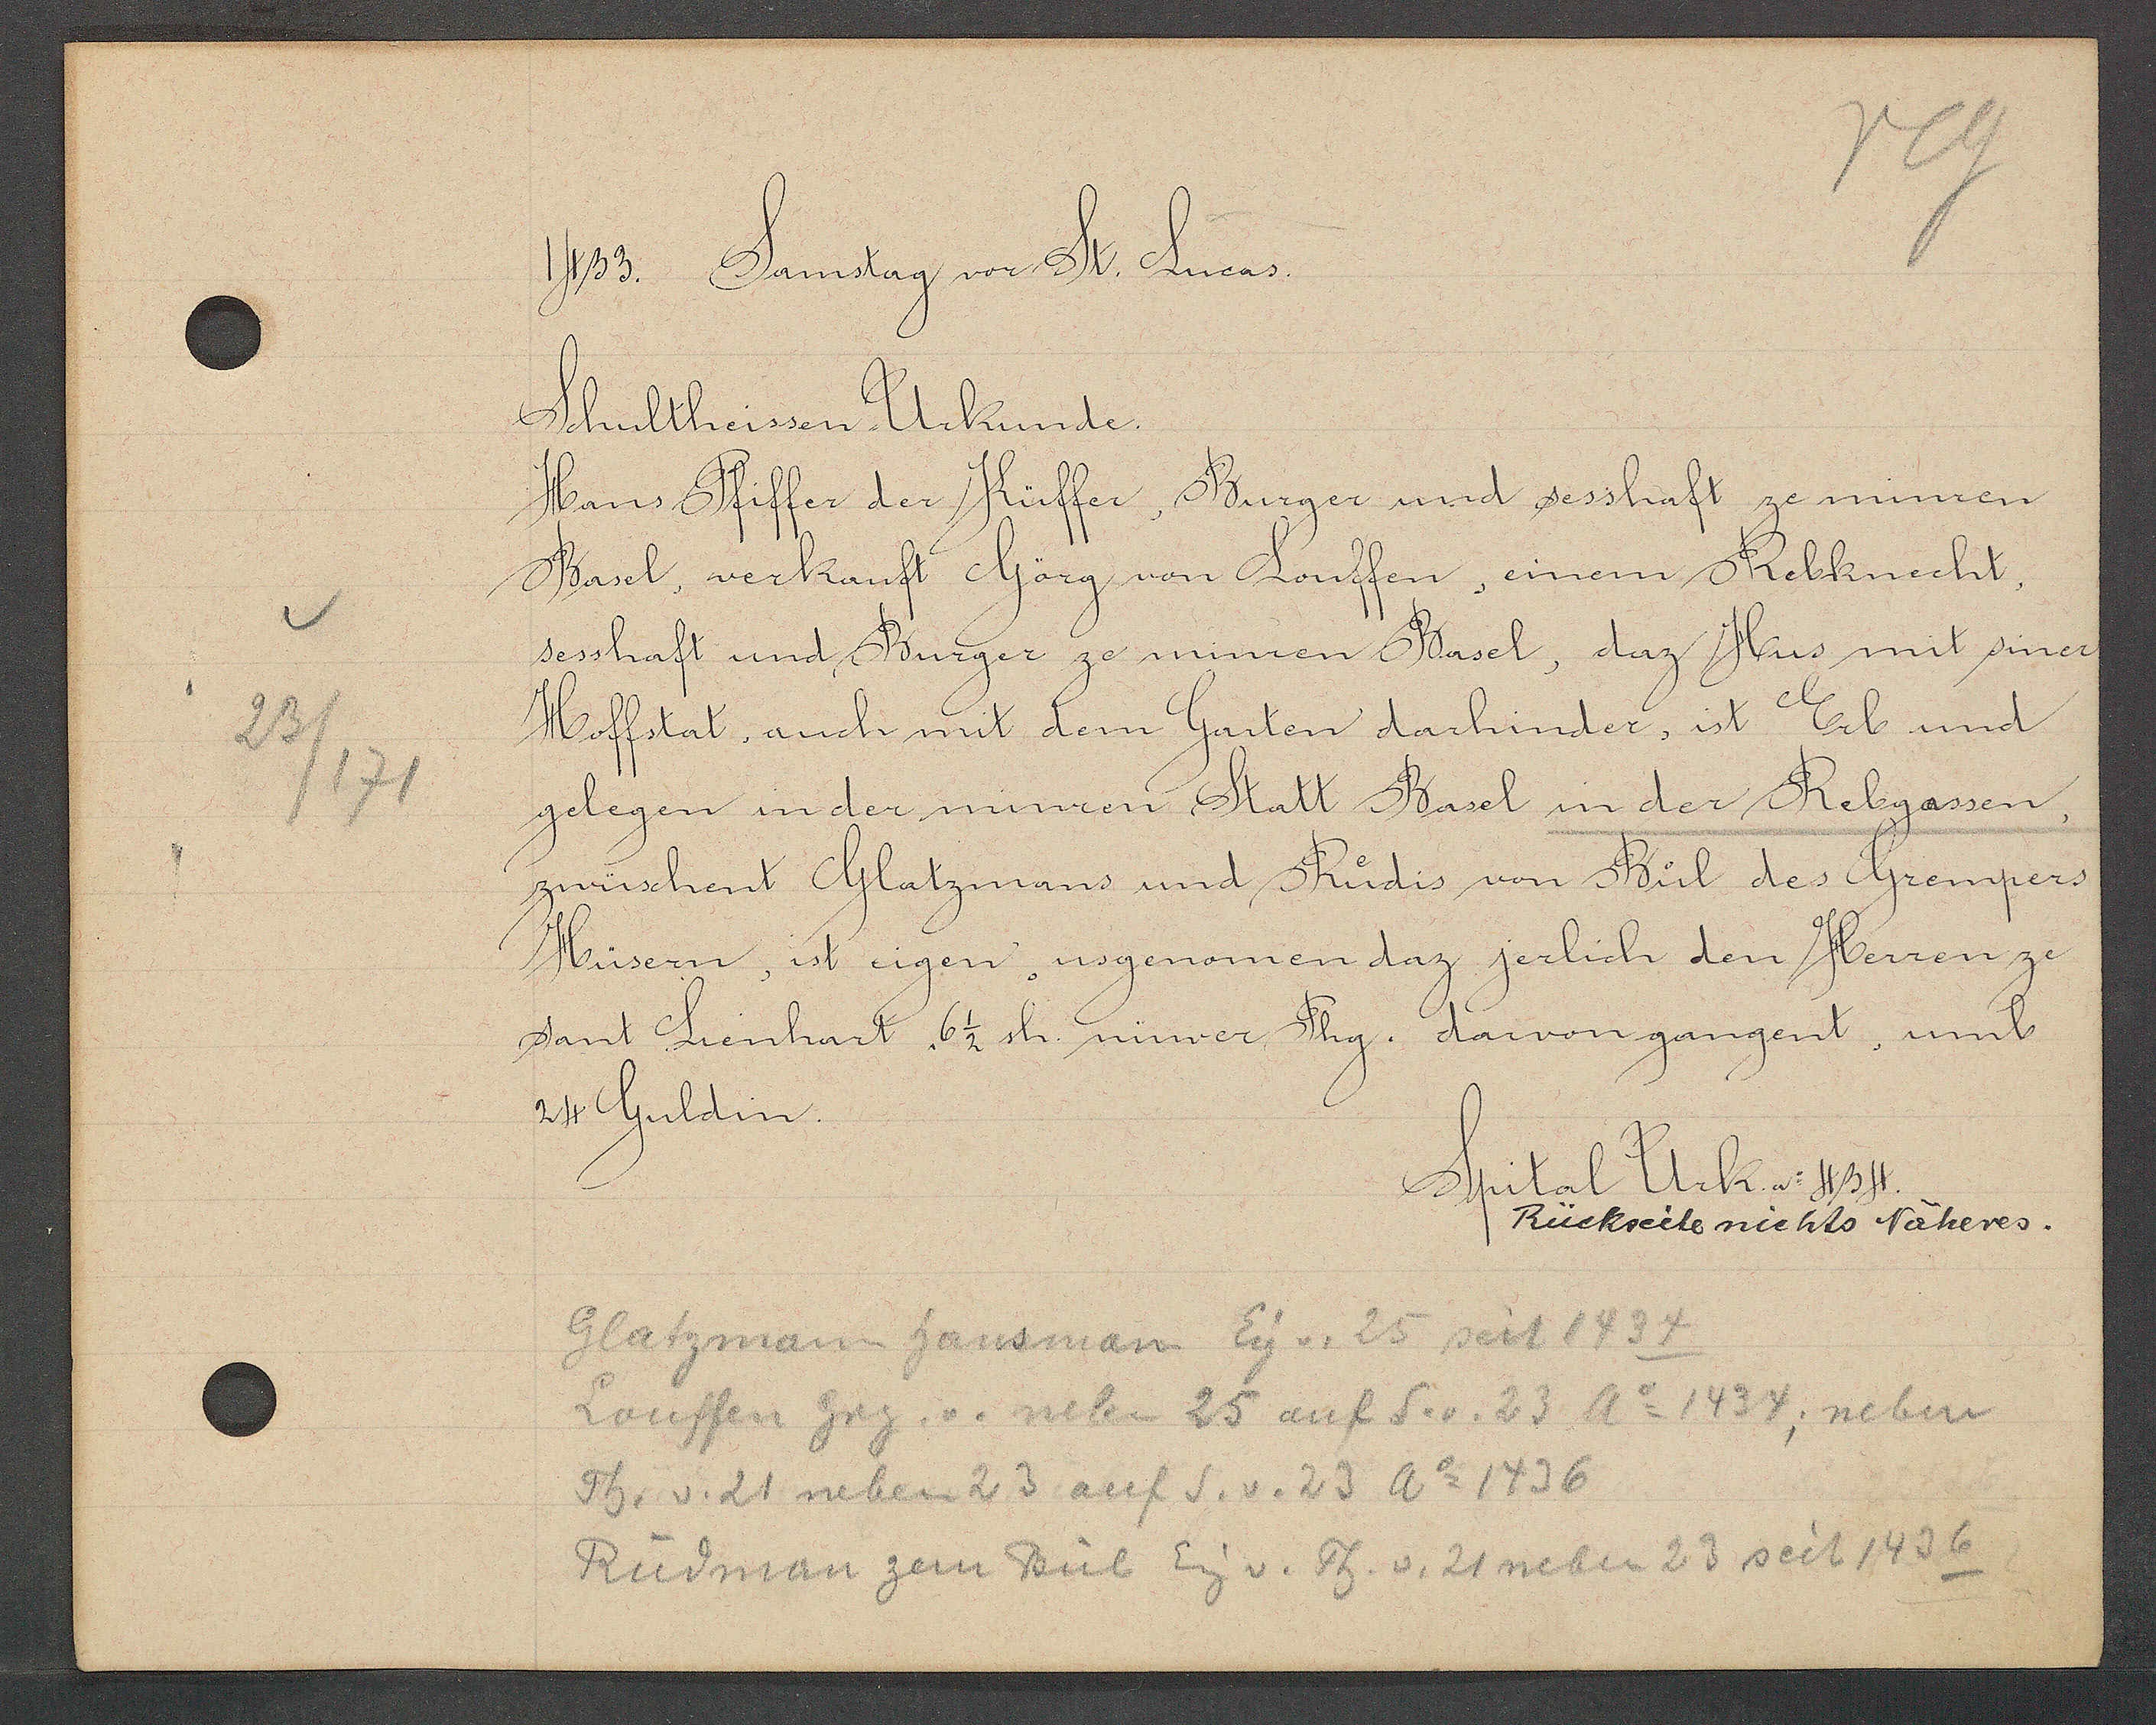
Transcript:
23
/171

1433. Samstag vor St. Lucas.

Schultheissen Urkunde.
Hans Pfiffer der Küffer, Burger und sesshaft ze minren
Basel, verkauft Görg von Louffen, einem Rebknecht,
sesshaft und Burger ze minren Basel, daz Hus mit siner
Hoffstat, auch mit dem Garten darhinder, ist Erb und
gelegen in der minren Statt Basel in der Rebgassen,
zwüschent Glatzmans und Rudis von Bul des Grempers
Hüsern, ist eigen usgenomen daz jerlich den Herren ze
sant Lienhart 6 1/2 sh. nüwer Phg. davon gangent, umb
24 Guldin.

Spital Urk. No 434.
Rückseite nichts Näheres.

Glatzmann hansman Eig v. 25 seit 1434
Louffen Grg. v. neben 25 auf S.v. 23 Ao 1434; neben
Th. v. 21 neben 23 auf S. v. 23 Ao 1436
Rüdman zem Bül Eig v. Th. v. 21 neben 23 seit 1436